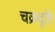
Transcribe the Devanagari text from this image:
चक्रदृष्टि